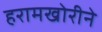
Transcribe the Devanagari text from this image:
हरामखोरीने